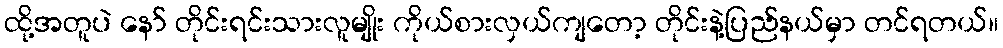
ထို့အတူပဲ နော် တိုင်းရင်းသားလူမျိုး ကိုယ်စားလှယ်ကျတော့ တိုင်းနဲ့ပြည်နယ်မှာ တင်ရတယ်။